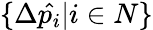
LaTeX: \{ \Delta\hat{p_{i}}|i\in N\}